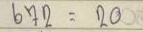
672 = 20